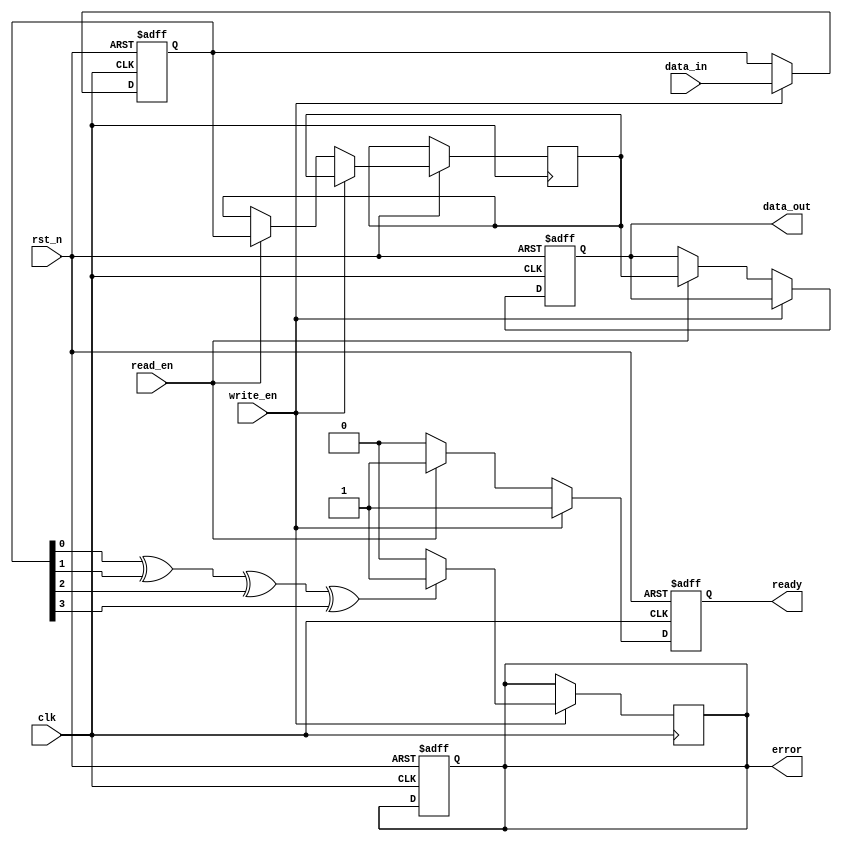
module MLC_NAND_IO_Block (
    input wire clk,                      // Clock signal
    input wire rst_n,                    // Active low reset
    input wire [3:0] data_in,            // Data input (4 bits for 2 bits per cell)
    input wire read_en,                  // Read enable signal
    input wire write_en,                 // Write enable signal
    output reg [3:0] data_out,           // Data output (4 bits for 2 bits per cell)
    output reg ready,                    // Ready status signal
    output reg error                     // Error signal
);

// Parameters for MLC levels
parameter NUM_LEVELS = 4; // 00, 01, 10, 11
reg [3:0] data_latch;        // Data latch for holding data
reg [3:0] sense_amp;         // Sense amplifier output
reg [3:0] data_buffer;       // Data buffer

// Control logic and state machine
always @(posedge clk or negedge rst_n) begin
    if (!rst_n) begin
        data_latch <= 4'b0000; 
        data_out <= 4'b0000;
        ready <= 1'b0;
        error <= 1'b0;
    end else begin
        if (write_en) begin
            // Capture data into data latch
            data_latch <= data_in;
            ready <= 1'b1; // Indicate ready after write
        end else if (read_en) begin
            // Simulating sense amplifier operation
            // For simplicity, we assume sense amplifier directly outputs the latch value
            sense_amp <= data_latch;
            data_out <= sense_amp; // Output the sensed data
            ready <= 1'b1; // Indicate ready after read
        end else begin
            ready <= 1'b0; // Not ready if neither read nor write
        end
    end
end

// Error Correction Code (ECC) logic placeholder
always @(posedge clk) begin
    // Simple parity check for error detection (example)
    if (write_en) begin
        // Example logic for error detection (actual ECC would be more complex)
        if (data_latch[0] ^ data_latch[1] ^ data_latch[2] ^ data_latch[3]) begin
            error <= 1'b1; // Set error if parity check fails
        end else begin
            error <= 1'b0; // No error detected
        end
    end
end

endmodule